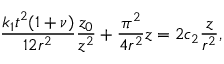
\frac { k _ { 1 } t ^ { 2 } ( 1 + \nu ) } { 1 2 r ^ { 2 } } \frac { z _ { 0 } } { z ^ { 2 } } + \frac { \pi ^ { 2 } } { 4 r ^ { 2 } } z = 2 c _ { 2 } \frac { z } { r ^ { 2 } } ,